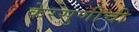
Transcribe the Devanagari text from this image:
केरसुणीची